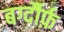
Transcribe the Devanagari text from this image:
बर्ग्दौर्फ़